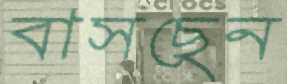
বাসছেন